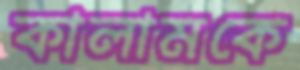
কালামকে